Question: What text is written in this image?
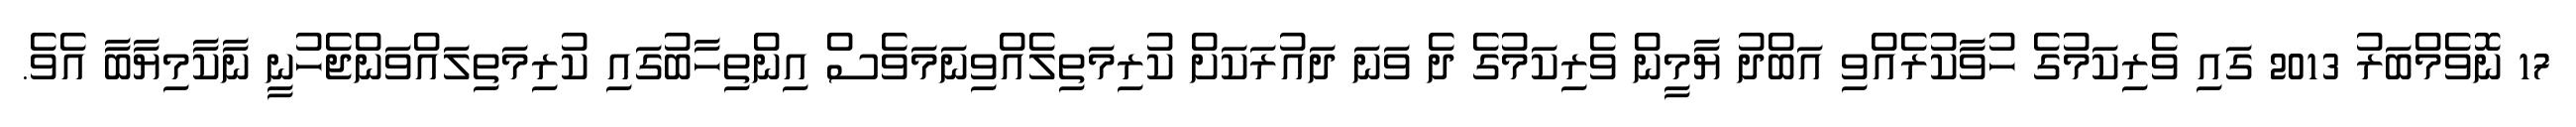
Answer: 17 ނޮވެމްބަރު 2013 ގައި ވެރިކަމުގެ ހުވާކުރެއްވި އަބްދު ޔާމީން ވެރިކަމުގެ ދެ ވަނަ ދައުރަކަށް ކުރިމަތިލެއްވިނަމަވެސް އިންތިހާބުގައި ކުރިމަތިލައްވަންޖެހުނީ ނާކާމިޔާބާ އެވެ.